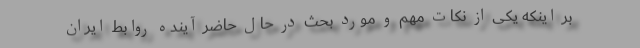
بر اینکه یکی از نکات مهم و مورد بحث در حال حاضر آینده روابط ایران